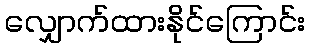
လျှောက်ထားနိုင်ကြောင်း